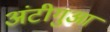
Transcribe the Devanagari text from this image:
अंटीगुआ